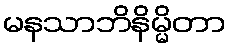
မနသာဘိနိမ္မိတာ